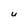
Character: U